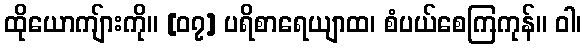
ထိုယောကျ်ားကို။ [၀၇] ပရိစာရေယျာထ၊ စံပယ်စေကြကုန်။ ဝါ၊